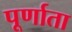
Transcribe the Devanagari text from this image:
पूर्णाता